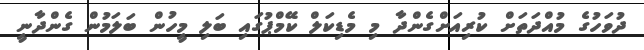
ދުވަހުގެ މުއްދަތަށް ކުރިއަށްގެންދާ މި މެޑިކަލް ކޭމްޕުގައި ބަލި މީހުން ބަލަމުން ގެންދާނީ